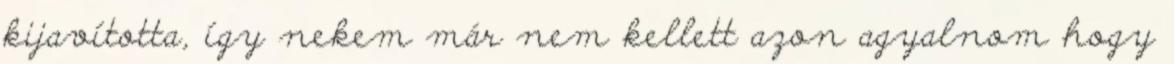
kijavította, így nekem már nem kellett azon agyalnom hogy